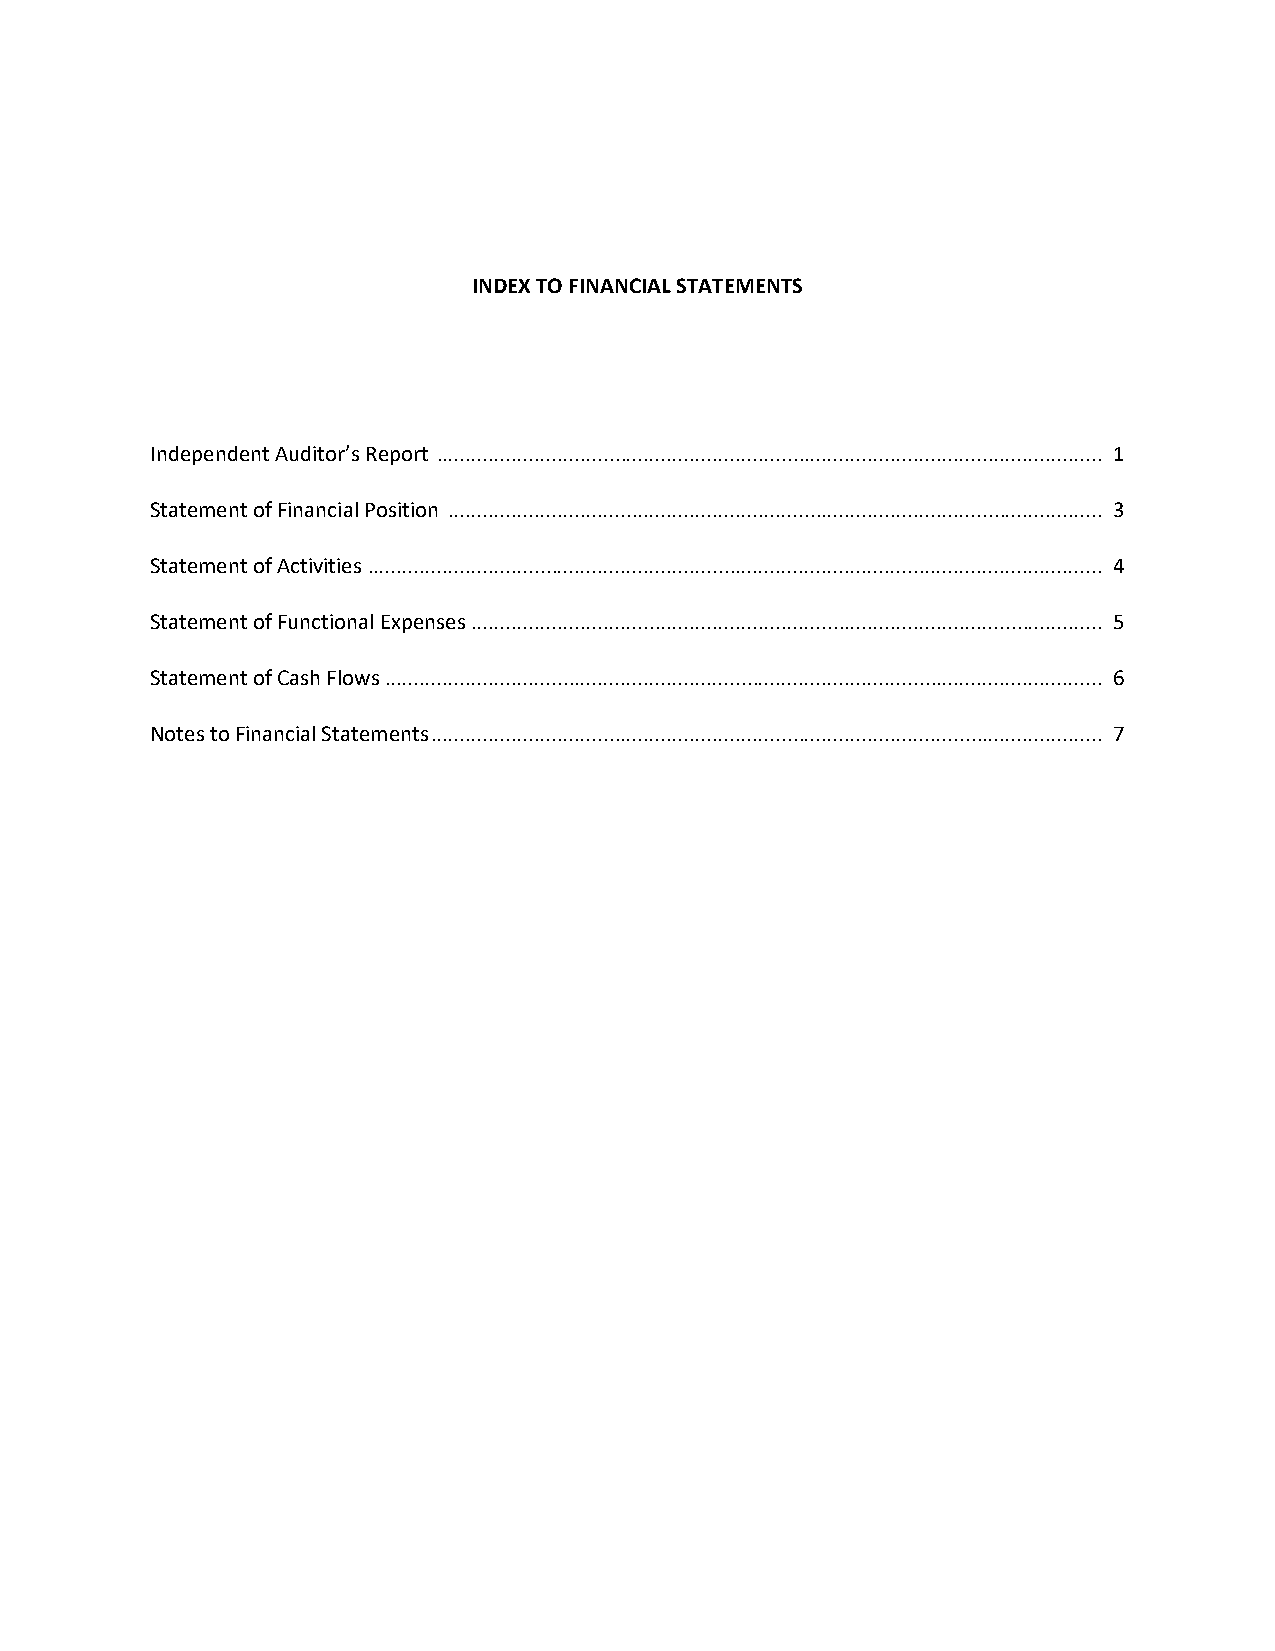
INDEX TO FINANCIAL STATEMENTS
 Independent Auditor’s Report .................................................................................................................... 1
 Statement of Financial Position .................................................................................................................. 3
 Statement of Activities ................................................................................................................................ 4
 Statement of Functional Expenses .............................................................................................................. 5
 Statement of Cash Flows ............................................................................................................................. 6
 Notes to Financial Statements ..................................................................................................................... 7